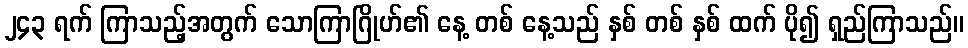
၂၄၃ ရက် ကြာသည့်အတွက် သောကြာဂြိုဟ်၏ နေ့ တစ် နေ့သည် နှစ် တစ် နှစ် ထက် ပို၍ ရှည်ကြာသည်။